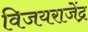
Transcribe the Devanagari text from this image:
विजयराजेंद्र